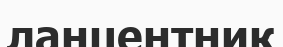
ланцентник